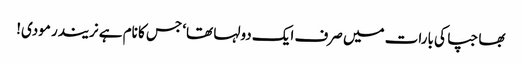
بھاجپا کی بارات میں صرف ایک دولہا تھا‘ جس کا نام ہے نریندر مودی!